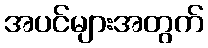
အပင်များအတွက်